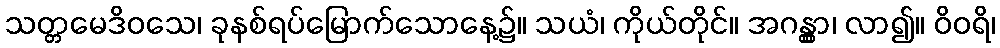
သတ္တမေဒိဝသေ၊ ခုနစ်ရပ်မြောက်သောနေ့၌။ သယံ၊ ကိုယ်တိုင်။ အဂန္တွာ၊ လာ၍။ ဝိဝရိ၊